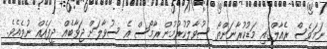
ނަމަވެސް ރެއާލްގައި މަޑުކުރާނަންތޯ ސުވާލުކުރުމުން ރާމޯސް އެ ސުވާލަށް ޖަވާބެއް ދީފައެއް ނުވެއެވެ.